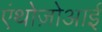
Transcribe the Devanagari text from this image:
एंथोज़ोआई